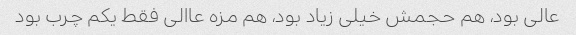
عالی بود، هم حجمش خیلی زیاد بود، هم مزه عاالی فقط یکم چرب بود